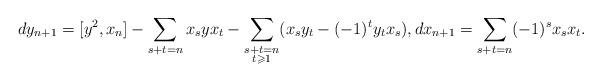
LaTeX: \begin{align*}d y_{n+1} = [y^2,x_n] -\sum_{s+t=n} x_s y x_t-\sum_{\substack {s+t=n \\t\geqslant 1}}(x_sy_t-(-1)^ty_tx_s),d x_{n+1} = \sum_{s+t=n} (-1)^sx_sx_t.\end{align*}